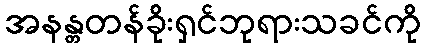
အနန္တတန်ခိုးရှင်ဘုရားသခင်ကို